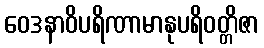
ဝေဒနာဝိပရိဏာမာနုပရိဝတ္တိဇာ